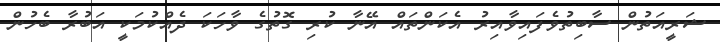
ޝަރީއަތުން ސާބިތުވެފައިވާއިރު އެކަންތައް އޭނާ ކުރި ގޮތުގެ ވާހަކަ ދެއްކުމަކީ އަބުރާ ބެހުން